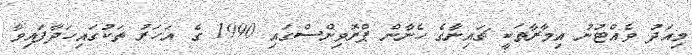
މިއަދު ވެއްޓުނު އިމާރާތަކީ ޗައިނާގެ ހެނާން ޕްރޮވިންސްގައި 1990 ގެ އަހަރު ތަކުގައިހަދާފައިވާ